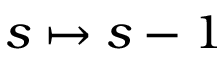
s \mapsto s - 1